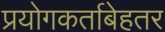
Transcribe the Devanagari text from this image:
प्रयोगकर्ताबेहतर